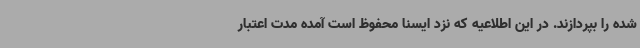
شده را بپردازند. در این اطلاعیه که نزد ایسنا محفوظ است آمده مدت اعتبار